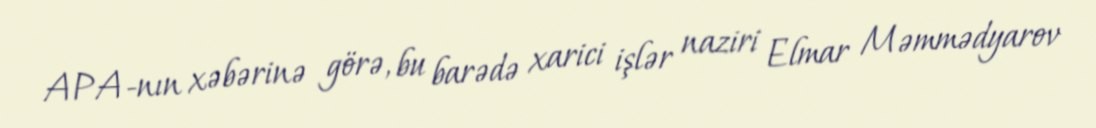
APA-nın xəbərinə görə, bu barədə xarici işlər naziri Elmar Məmmədyarov